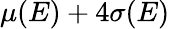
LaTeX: \mu(E)+4\sigma(E)